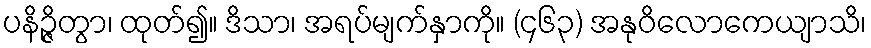
ပနိဉ္ဇိတွာ၊ ထုတ်၍။ ဒိသာ၊ အရပ်မျက်နှာကို။ (၄၆၃) အနုဝိလောကေယျာသိ၊